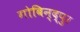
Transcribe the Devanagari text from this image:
गोबिन्द्पुर